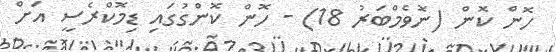
ހޮން ކޮން (ނޮވެމްބަރު 18) - ހޮން ކޮންގުގައި ޑިމޮކްރެސީ އަށް